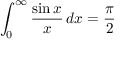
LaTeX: \int _ { 0 } ^ { \infty } { \frac { \sin { x } } { x } } \, d x = { \frac { \pi } { 2 } }